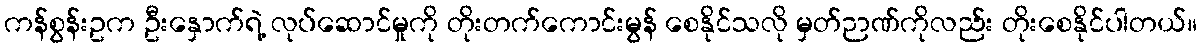
ကန်စွန်းဥက ဦးနှောက်ရဲ့ လုပ်ဆောင်မှုကို တိုးတက်ကောင်းမွန် စေနိုင်သလို မှတ်ဉာဏ်ကိုလည်း တိုးစေနိုင်ပါတယ်။